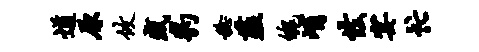
遒原攸盛豹稔薤魄峭怯宴忙